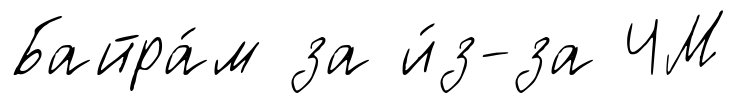
Байра́м за и́з-за ЧМ